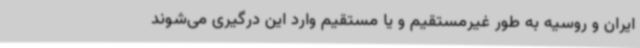
ایران و روسیه به طور غیرمستقیم و یا مستقیم وارد این درگیری می‌شوند